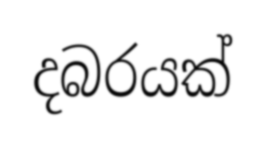
දබරයක්